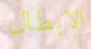
الابطال